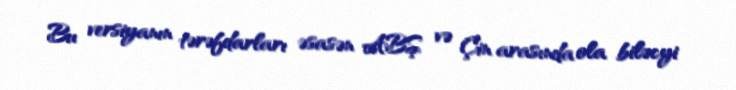
Bu versiyanın tərəfdarları əsasən ABŞ və Çin arasında ola biləcyi